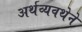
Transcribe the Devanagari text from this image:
अर्थव्यवथेने